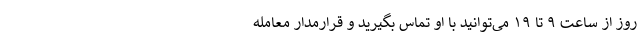
روز از ساعت ۹ تا ۱۹ می‌توانید با او تماس بگیرید و قرارمدار معامله